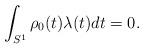
LaTeX: \begin{align*}\int_{S^1}\rho_0(t)\lambda(t) dt = 0.\end{align*}